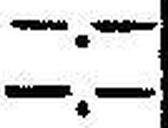
—.—